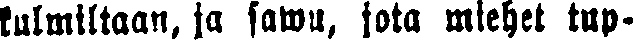
kulmiltaan, ja sawu, jota miehet tup-